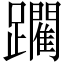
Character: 躙